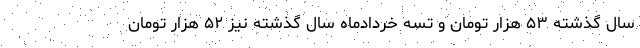
سال گذشته ۵۳ هزار تومان و تسه خردادماه سال گذشته نیز ۵۲ هزار تومان